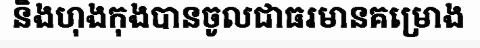
និងហុងកុងបានចូលជាធរមានគម្រោង